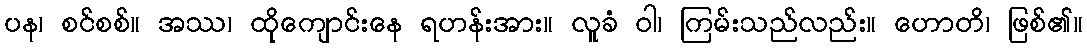
ပန၊ စင်စစ်။ အဿ၊ ထိုကျောင်းနေ ရဟန်းအား။ လူခံ ဝါ၊ ကြမ်းသည်လည်း။ ဟောတိ၊ ဖြစ်၏။